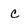
Character: c